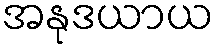
အနုဒယာယ